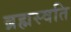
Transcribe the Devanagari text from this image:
ब्रह्मस्वति